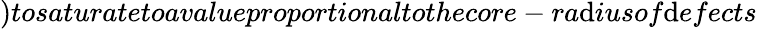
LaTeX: )tosaturatetoavalueproportionaltothecore-ra\mathrm{d}iusof\mathrm{d}efects